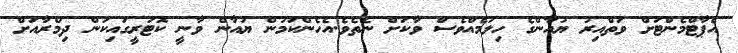
އެޕާޓްމެންޓަށް ވަތްއިރު ޔުއާންގެ ހިލަމެއްވެސް ވާކަށް ނެތެވެ.އެހެންކަމުން ޔުއާން ވާނީ ކޮޓަރީގައިކަން ދިމްރާއަށް